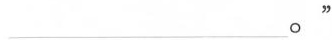
___。‘’